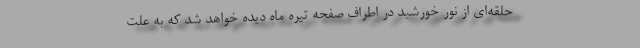
حلقه‌ای از نور خورشید در اطراف صفحه تیره ماه دیده خواهد شد که به علت